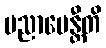
ပညာပေန္တီတိ